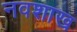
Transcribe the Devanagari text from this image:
नवशाख